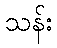
သန်း